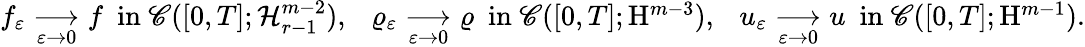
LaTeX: \begin{array}{r}{f_{\varepsilon}\underset{\varepsilon\rightarrow 0}{\longrightarrow}f\ \ \mathrm{in}\ \mathscr{C}([0,T];\mathcal{H}_{r-1}^{m-2}),\ \ \ \varrho_{\varepsilon}\underset{\varepsilon\rightarrow 0}{\longrightarrow}\varrho\ \ \mathrm{in}\ \mathscr{C}([0,T];\mathrm{H}^{m-3}),\ \ \ u_{\varepsilon}\underset{\varepsilon\rightarrow 0}{\longrightarrow}u\ \ \mathrm{in}\ \mathscr{C}([0,T];\mathrm{H}^{m-1}).}\end{array}